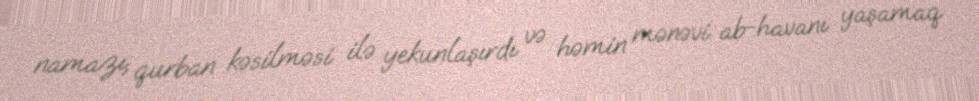
namazı, qurban kəsilməsi ilə yekunlaşırdı və həmin mənəvi ab-havanı yaşamaq